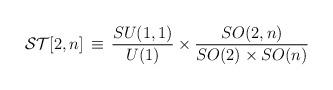
LaTeX: \begin{align*}{\cal ST}[2,n] \, \equiv \, \frac{SU(1,1)}{U(1)}\times\frac{SO(2,n)}{SO(2)\times SO(n)}\end{align*}